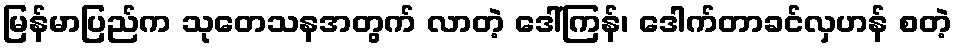
မြန်မာပြည်က သုတေသနအတွက် လာတဲ့ ဒေါ်ကြန်၊ ဒေါက်တာခင်လှဟန် စတဲ့